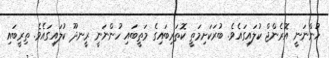
ހުންނަނީ އޮރެންޖް ކުލައިގައެވެ. ބުރަކަށިމަތީ ކޮތަރިބައިގެ މަތީބައި ހުންނަނީ ރީނދޫ ކުލައިގައެވެ. ތިރީބައި